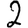
Digit: 2